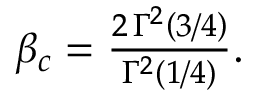
\begin{array} { r } { \beta _ { c } = \frac { 2 \, \Gamma ^ { 2 } \left( 3 / 4 \right) } { \Gamma ^ { 2 } \left( 1 / 4 \right) } . } \end{array}